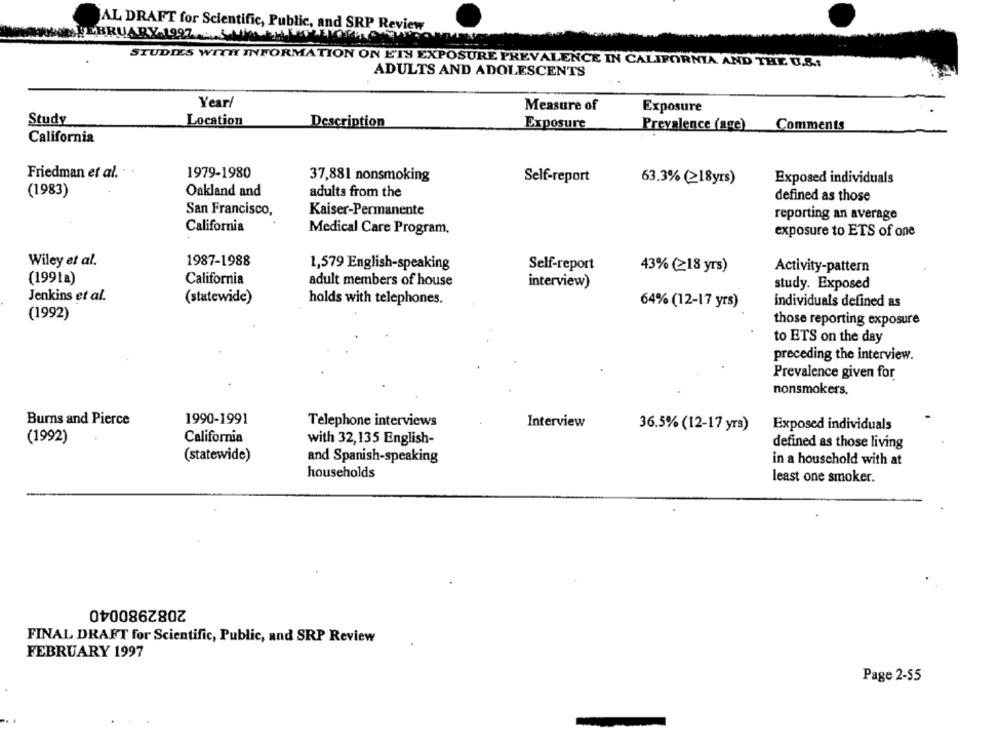
AL DRAFT for Scientific, Public, and SRP Review
FEBRUARY 1997
STUDIES WITH INFORMATION ON E'TY EXPOSURE PREVALENCE IN CALIFORNIA AND THE U.S .:
ADULTS AND ADOLESCENTS
Year/
Measure of
Exposure
Study
Location
Description
Exposure
Prevalence (age) Comments
California
Friedman et al.
1979-1980
37,881 nonsmoking
Self-report
63.3% (≥18yrs)
Exposed individuals
(1983)
Oakland and
adults from the
defined as those
San Francisco,
Kaiser-Permanente
reporting an average
California
Medical Care Program,
exposure to ETS of one
Wiley et al.
1987-1988
1,579 English-speaking
Self-report
43% (≥18 yrs)
Activity-pattern
(1991a)
California
adult members of house
interview)
study. Exposed
Jenkins et al.
(statewide)
holds with telephones.
64% (12-17 yrs)
individuals defined as
(1992)
those reporting exposure
to ETS on the day
preceding the interview.
Prevalence given for
nonsmokers.
Burns and Pierce
1990-1991
Telephone interviews
Interview
36.5% (12-17 yrs)
Exposed individuals
(1992)
California
with 32,135 English-
defined as those living
(statewide)
and Spanish-speaking
in a household with at
households
least one smoker.
2082980040
FINAL DRAFT for Scientific, Public, and SRP Review
FEBRUARY 1997
Page 2-55